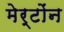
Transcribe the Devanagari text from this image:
मेर्टोंन